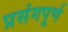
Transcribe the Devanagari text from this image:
प्रसंगपूर्ण